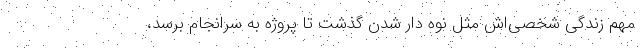
مهم زندگی شخصی‌اش مثل نوه دار شدن گذشت تا پروژه به سرانجام برسد،